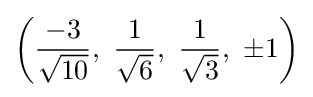
\left({\frac {-3}{\sqrt {10}}},\ {\frac {1}{\sqrt {6}}},\ {\frac {1}{\sqrt {3}}},\ \pm 1\right)